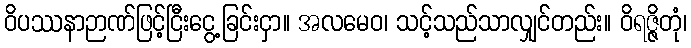
ဝိပဿနာဉာဏ်ဖြင့်ငြီးငွေ့ခြင်းငှာ။ အလမေဝ၊ သင့်သည်သာလျှင်တည်း။ ဝိရဇ္ဇိတုံ၊